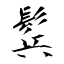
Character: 鬂